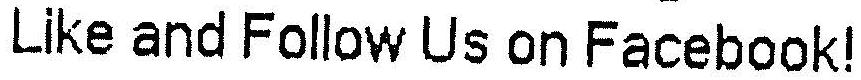
LIKE AND FOLLOW US ON FACEBOOK!